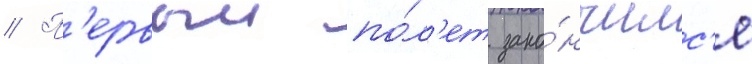
// П'ервыи по́л'ет зако́нчилс'я